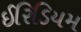
ઈરિડિયમ